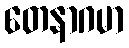
တေနာဂမာ